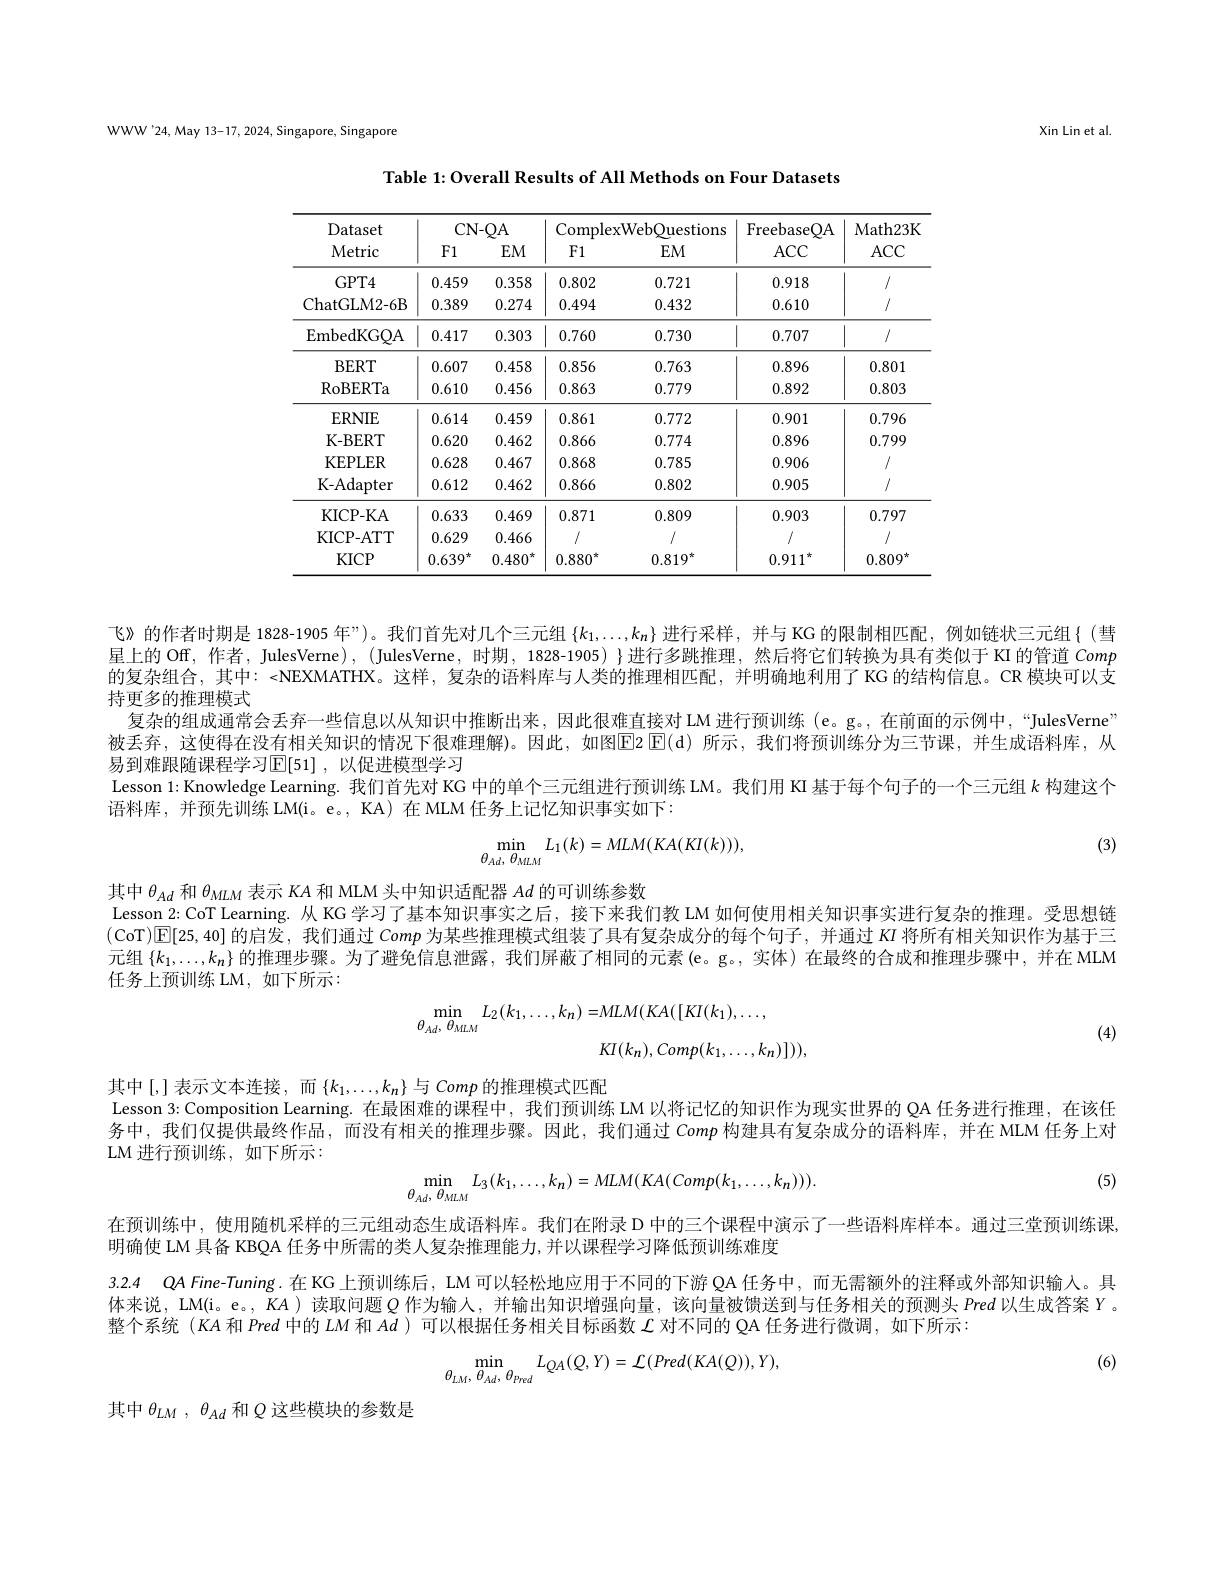
WWW'24, May 13-17, 2024, Singapore, Singapore

Xin Lin et al

Table 1: Overall Results of All Methods on Four Datasets

<table>
	<tbody>
		<tr>
			<th rowspan="2">Dataset Metric</th>
			<th colspan="2">CN- QA</th>
			<th colspan="2">ComplexWebOuestions</th>
			<th rowspan="2">FreebaseQA $ACC$</th>
			<th rowspan="2">Math23K $ACC$</th>
		</tr>
		<tr>
			<th>F1</th>
			<th>$EM$</th>
			<th>F1</th>
			<th>$EM$</th>
		</tr>
		<tr>
			<td>$GPT4$</td>
			<td>0.459</td>
			<td>0.358</td>
			<td>0.802</td>
			<td>0.721</td>
			<td>0.918</td>
			<td>/</td>
		</tr>
		<tr>
			<td>ChatGLM2- 6B</td>
			<td>0.389</td>
			<td>0.274</td>
			<td>0.494</td>
			<td>0.432</td>
			<td>0.610</td>
			<td>/</td>
		</tr>
		<tr>
			<td>EmbedKGQA</td>
			<td>0.417</td>
			<td>0.303</td>
			<td>0.760</td>
			<td>0.730</td>
			<td>0.707</td>
			<td>/</td>
		</tr>
		<tr>
			<td>$BERT$</td>
			<td>0.607</td>
			<td>0.458</td>
			<td>0.856</td>
			<td>0.763</td>
			<td>0.896</td>
			<td>0.801</td>
		</tr>
		<tr>
			<td>$\operatorname{RoBERTa}$</td>
			<td>0.610</td>
			<td>0.456</td>
			<td>0.863</td>
			<td>0.779</td>
			<td>0.892</td>
			<td>0.803</td>
		</tr>
		<tr>
			<td>ERNIE</td>
			<td>0.614</td>
			<td>0.459</td>
			<td>0.861</td>
			<td>0.772</td>
			<td>0.901</td>
			<td>0.796</td>
		</tr>
		<tr>
			<td>K- BERT</td>
			<td>0.620</td>
			<td>0.462</td>
			<td>0.866</td>
			<td>0.774</td>
			<td>0.896</td>
			<td>0.799</td>
		</tr>
		<tr>
			<td>KEPLER</td>
			<td>0.628</td>
			<td>0.467</td>
			<td>0.868</td>
			<td>0.785</td>
			<td>0.906</td>
			<td>/</td>
		</tr>
		<tr>
			<td>K- Adapter</td>
			<td>0.612</td>
			<td>0.462</td>
			<td>0.866</td>
			<td>0.802</td>
			<td>0.905</td>
			<td>/</td>
		</tr>
		<tr>
			<td>KICP- KA</td>
			<td>0.633</td>
			<td>0.469</td>
			<td>0.871</td>
			<td>0.809</td>
			<td>0.903</td>
			<td>0.797</td>
		</tr>
		<tr>
			<td>KICP- ATT</td>
			<td>0.629</td>
			<td>0.466</td>
			<td>1/</td>
			<td>1 1</td>
			<td>1/</td>
			<td>/</td>
		</tr>
		<tr>
			<td>$KICP$</td>
			<td>$0.639^{*}$ $\neq$</td>
			<td>$0.480^{\star}$</td>
			<td>$0.880^{*}$</td>
			<td>$0.819^{*}$</td>
			<td>0.911</td>
			<td>$0.809^{\star}$</td>
		</tr>
	</tbody>
</table>

(3)

飞》的作者时期是 1828-1905 年”)。我们首先对几个三元组$\{k_1,\ldots,k_n\}$进行采样，并与 KG 的限制相匹配，例如链状三元组{(彗星上的 Off, 作者，JulesVerne) , (JulesVerne, 时期，1828-1905) }进行多跳推理，然后将它们转换为具有类似于 KI 的管道Comp 的复杂组合，其中：<NEXMATHX。这样，复杂的语料库与人类的推理相匹配，并明确地利用了KG 的结构信息。CR 模块可以支持更多的推理模式
复杂的组成通常会丢弃一些信息以从知识中推断出来，因此很难直接对 LM 进行预训练 (e。g。,在前面的示例中，“JulesVerne” 被丢弃，这使得在没有相关知识的情况下很难理解)。因此，如图E2 E( d) 所示，我们将预训练分为三节课，并生成语料库，从易到难跟随课程学习$\operatorname{\overline{E}[51]}$ ,以促进模型学习
Lesson 1: Knowledge Learning. 我们首先对 KG 中的单个三元组进行预训练 LM。我们用 KI 基于每个句子的一个三元组$k$构建这个
语料库，并预先训练LM(i。e。, KA) 在 MLM 任务上记忆知识事实如下：
$$\min_{\theta_{Ad},\:\theta_{MLM}}L_{1}(k)=MLM(KA(KI(k))),$$
其中$\theta_{Ad}$ 和$\theta_{MLM}$ 表示 KA 和 MLM 头中知识适配器 $Ad$ 的可训练参数
Lesson 2: CoT Learning. 从 KG 学习了基本知识事实之后，接下来我们教 LM 如何使用相关知识事实进行复杂的推理。受思想链(CoT)$\overline{\mathbb{E}}[25,40]$的启发，我们通过Comp为某些推理模式组装了具有复杂成分的每个句子，并通过$KI$将所有相关知识作为基于三元组$\{k_1,\ldots,k_n\}$的推理步骤。为了避免信息泄露，我们屏蔽了相同的元素(e。g。,实体)在最终的合成和推理步骤中，并在 MLM 任务上预训练 LM, 如下所示：
$$\begin{aligned}\min_{\theta_{Ad},\:\theta_{MLM}}L_{2}(k_{1},\ldots,k_{n})=&MLM(KA([KI(k_{1}),\ldots,\\&KI(k_{n}),Comp(k_{1},\ldots,k_{n})])),\end{aligned}$$
(4)
其中[,]表示文本连接，而$\{k_1,\ldots,k_n\}$与 Comp 的推理模式匹配
Lesson 3: Composition Learning. 在最困难的课程中，我们预训练 LM 以将记忆的知识作为现实世界的 QA 任务进行推理，在该任务中，我们仅提供最终作品，而没有相关的推理步骤。因此，我们通过 Comp 构建具有复杂成分的语料库，并在 MLM 任务上对LM 进行预训练，如下所示：
(5)
$$\min_{\theta_{Ad},\:\theta_{MLM}}L_{3}(k_{1},\ldots,k_{n})=MLM(KA(Comp(k_{1},\ldots,k_{n}))).$$
在预训练中，使用随机采样的三元组动态生成语料库。我们在附录 D 中的三个课程中演示了一些语料库样本。通过三堂预训练课，
明确使 LM 具备 KBQA 任务中所需的类人复杂推理能力，并以课程学习降低预训练难度
3.2.4 QA Fine-Tuning.在 KG 上预训练后，LM 可以轻松地应用于不同的下游 QA 任务中，而无需额外的注释或外部知识输入。具体来说，LM(i。e。, KA ) 读取问题$Q$ 作为输人，并输出知识增强向量，该向量被馈送到与任务相关的预测头 Pred 以生成答案 Y。整个系统$(KA$和 Pred 中的$LM$和$Ad$ )可以根据任务相关目标函数$\mathcal{L}$对不同的 QA 任务进行微调，如下所示：
(6)
$$\min_{\theta_{LM},\:\theta_{Ad},\:\theta_{Pred}}L_{QA}(Q,Y)=\mathcal{L}(Pred(KA(Q)),Y),$$
其中$\theta_{LM},\theta_{Ad}$和$Q$这些模块的参数是